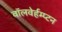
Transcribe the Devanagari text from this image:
वॉलवेर्हम्प्टन